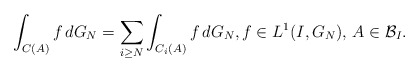
\begin{align*}\int_{C(A)} f \,d G_N = \sum_{i \geq N} \int_{C_i(A)}f\, d G_N,f \in L^1(I,G_N),\,A \in {\mathcal{B}}_I. \end{align*}